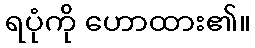
ရပုံကို ဟောထား၏။